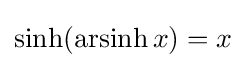
\sinh(\operatorname {arsinh} x)=x